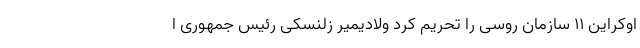
اوکراین ۱۱ سازمان روسی را تحریم کرد ولادیمیر زلنسکی رئیس جمهوری ا